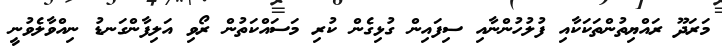
މަރަދޫ ރައްޔިތުންތަކަކާއި ފުލުހުންނާއި ސިފައިން ގުޅިގެން ކުރި މަސައްކަތުން ރޯވި އަލިފާންގަނޑު ނިއްވާލެވުނީ